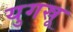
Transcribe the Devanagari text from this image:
युगस्रू